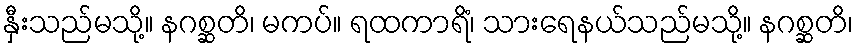
နှီးသည်မသို့။ နဂစ္ဆတိ၊ မကပ်။ ရထကာရိံ၊ သားရေနယ်သည်မသို့။ နဂစ္ဆတိ၊